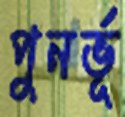
পুনর্ভূ